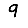
Digit: 9